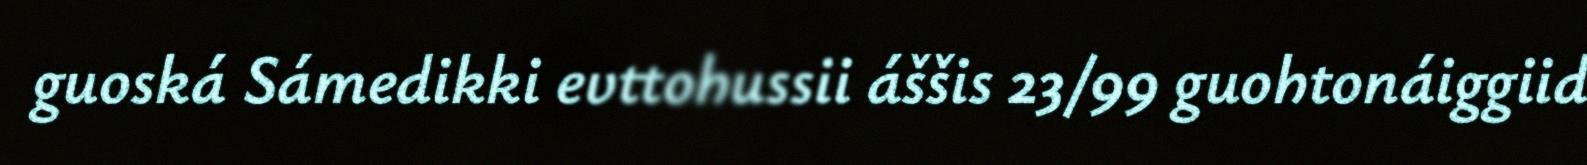
guoská Sámedikki evttohussii áššis 23/99 guohtonáiggiid